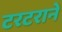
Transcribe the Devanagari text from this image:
टरटराने